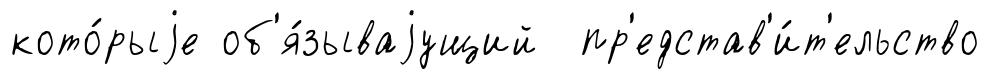
кото́рыjе об'я́зываjущий пр'едстав'и́т'ельство